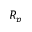
R _ { p }